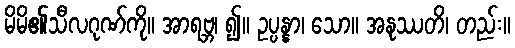
မိမိ၏သီလဂုဏ်ကို။ အာရဗ္ဘ၊ ၍။ ဥပ္ပန္နာ၊ သော။ အနုဿတိ၊ တည်း။